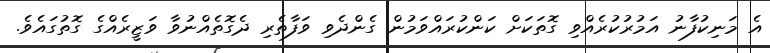
އެ މަނިކުފާނު އަމުރުކުރެއްވި ގޮތަކަށް ކަންކުރައްވަމުން ގެންދެވި ވަފާތެރި ދެގޮތެއްނުވާ ވަޒީރެއްގެ ގޮތުގައެވެ.